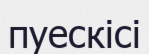
пуескісі